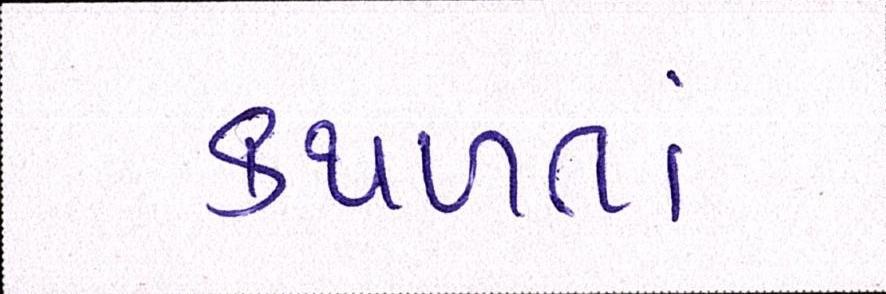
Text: કથળતાં